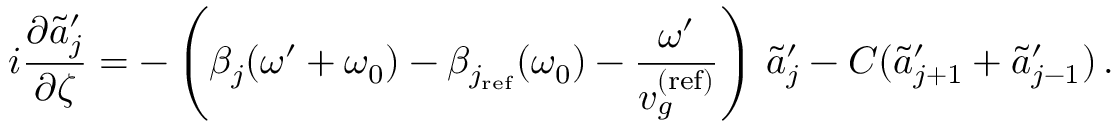
i \frac { \partial \tilde { a } _ { j } ^ { \prime } } { \partial \zeta } = - \left( \beta _ { j } ( \omega ^ { \prime } + \omega _ { 0 } ) - \beta _ { j _ { \mathrm { r e f } } } ( \omega _ { 0 } ) - \frac { \omega ^ { \prime } } { v _ { g } ^ { \mathrm { ( r e f ) } } } \right) \, \tilde { a } _ { j } ^ { \prime } - C ( \tilde { a } _ { j + 1 } ^ { \prime } + \tilde { a } _ { j - 1 } ^ { \prime } ) \, .